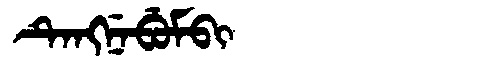
Manchu: ᡨᡝᠩᠨᡝᠪᡠᠮᠪᡳ
Romanization: TENGNEBUMBI